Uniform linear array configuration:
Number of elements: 8
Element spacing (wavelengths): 0.25
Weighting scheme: hann
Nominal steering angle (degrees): -15
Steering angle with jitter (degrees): -15.294
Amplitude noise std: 0.05
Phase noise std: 0.05

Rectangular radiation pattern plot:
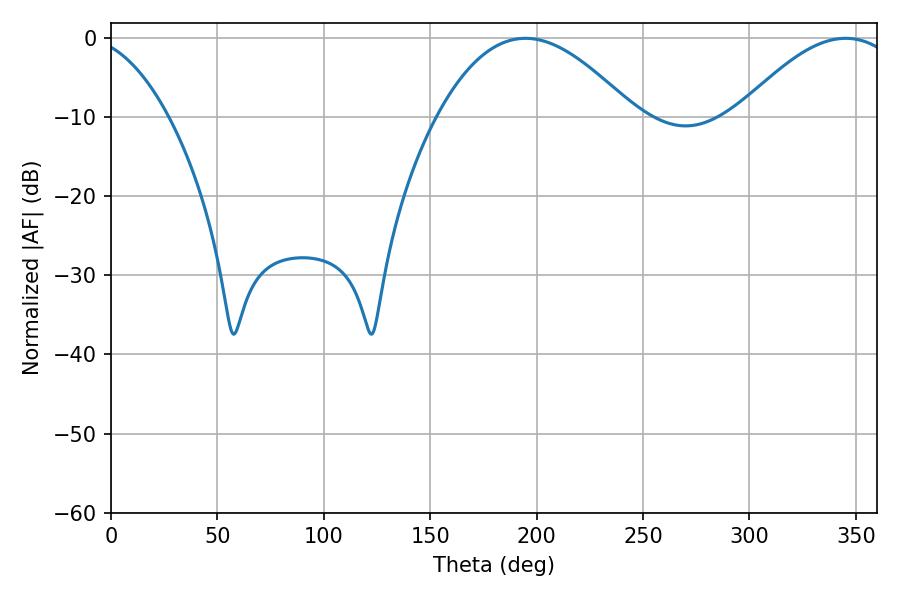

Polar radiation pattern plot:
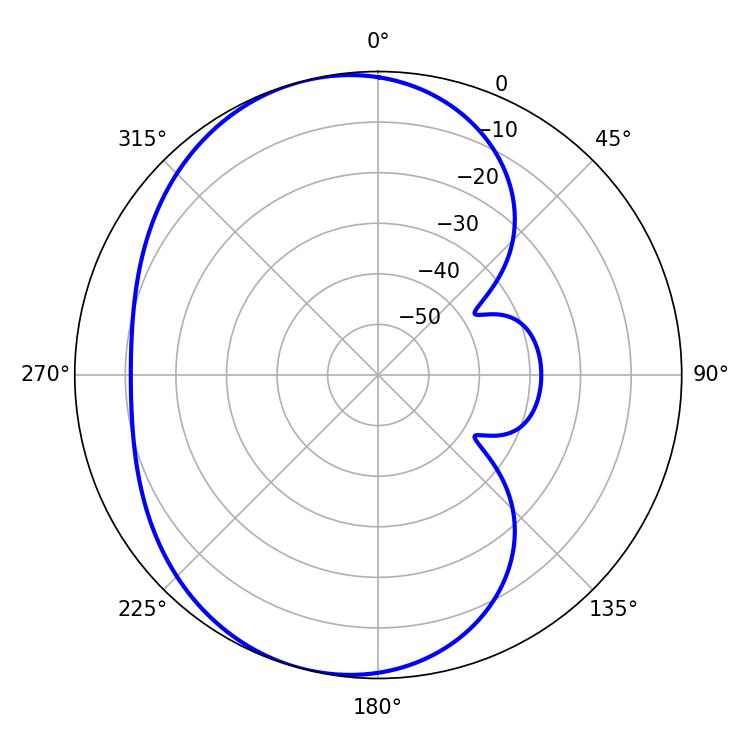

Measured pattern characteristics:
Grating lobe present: FALSE
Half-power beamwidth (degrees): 50.4
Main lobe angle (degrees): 194.76